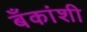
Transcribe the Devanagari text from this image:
बँकांशी